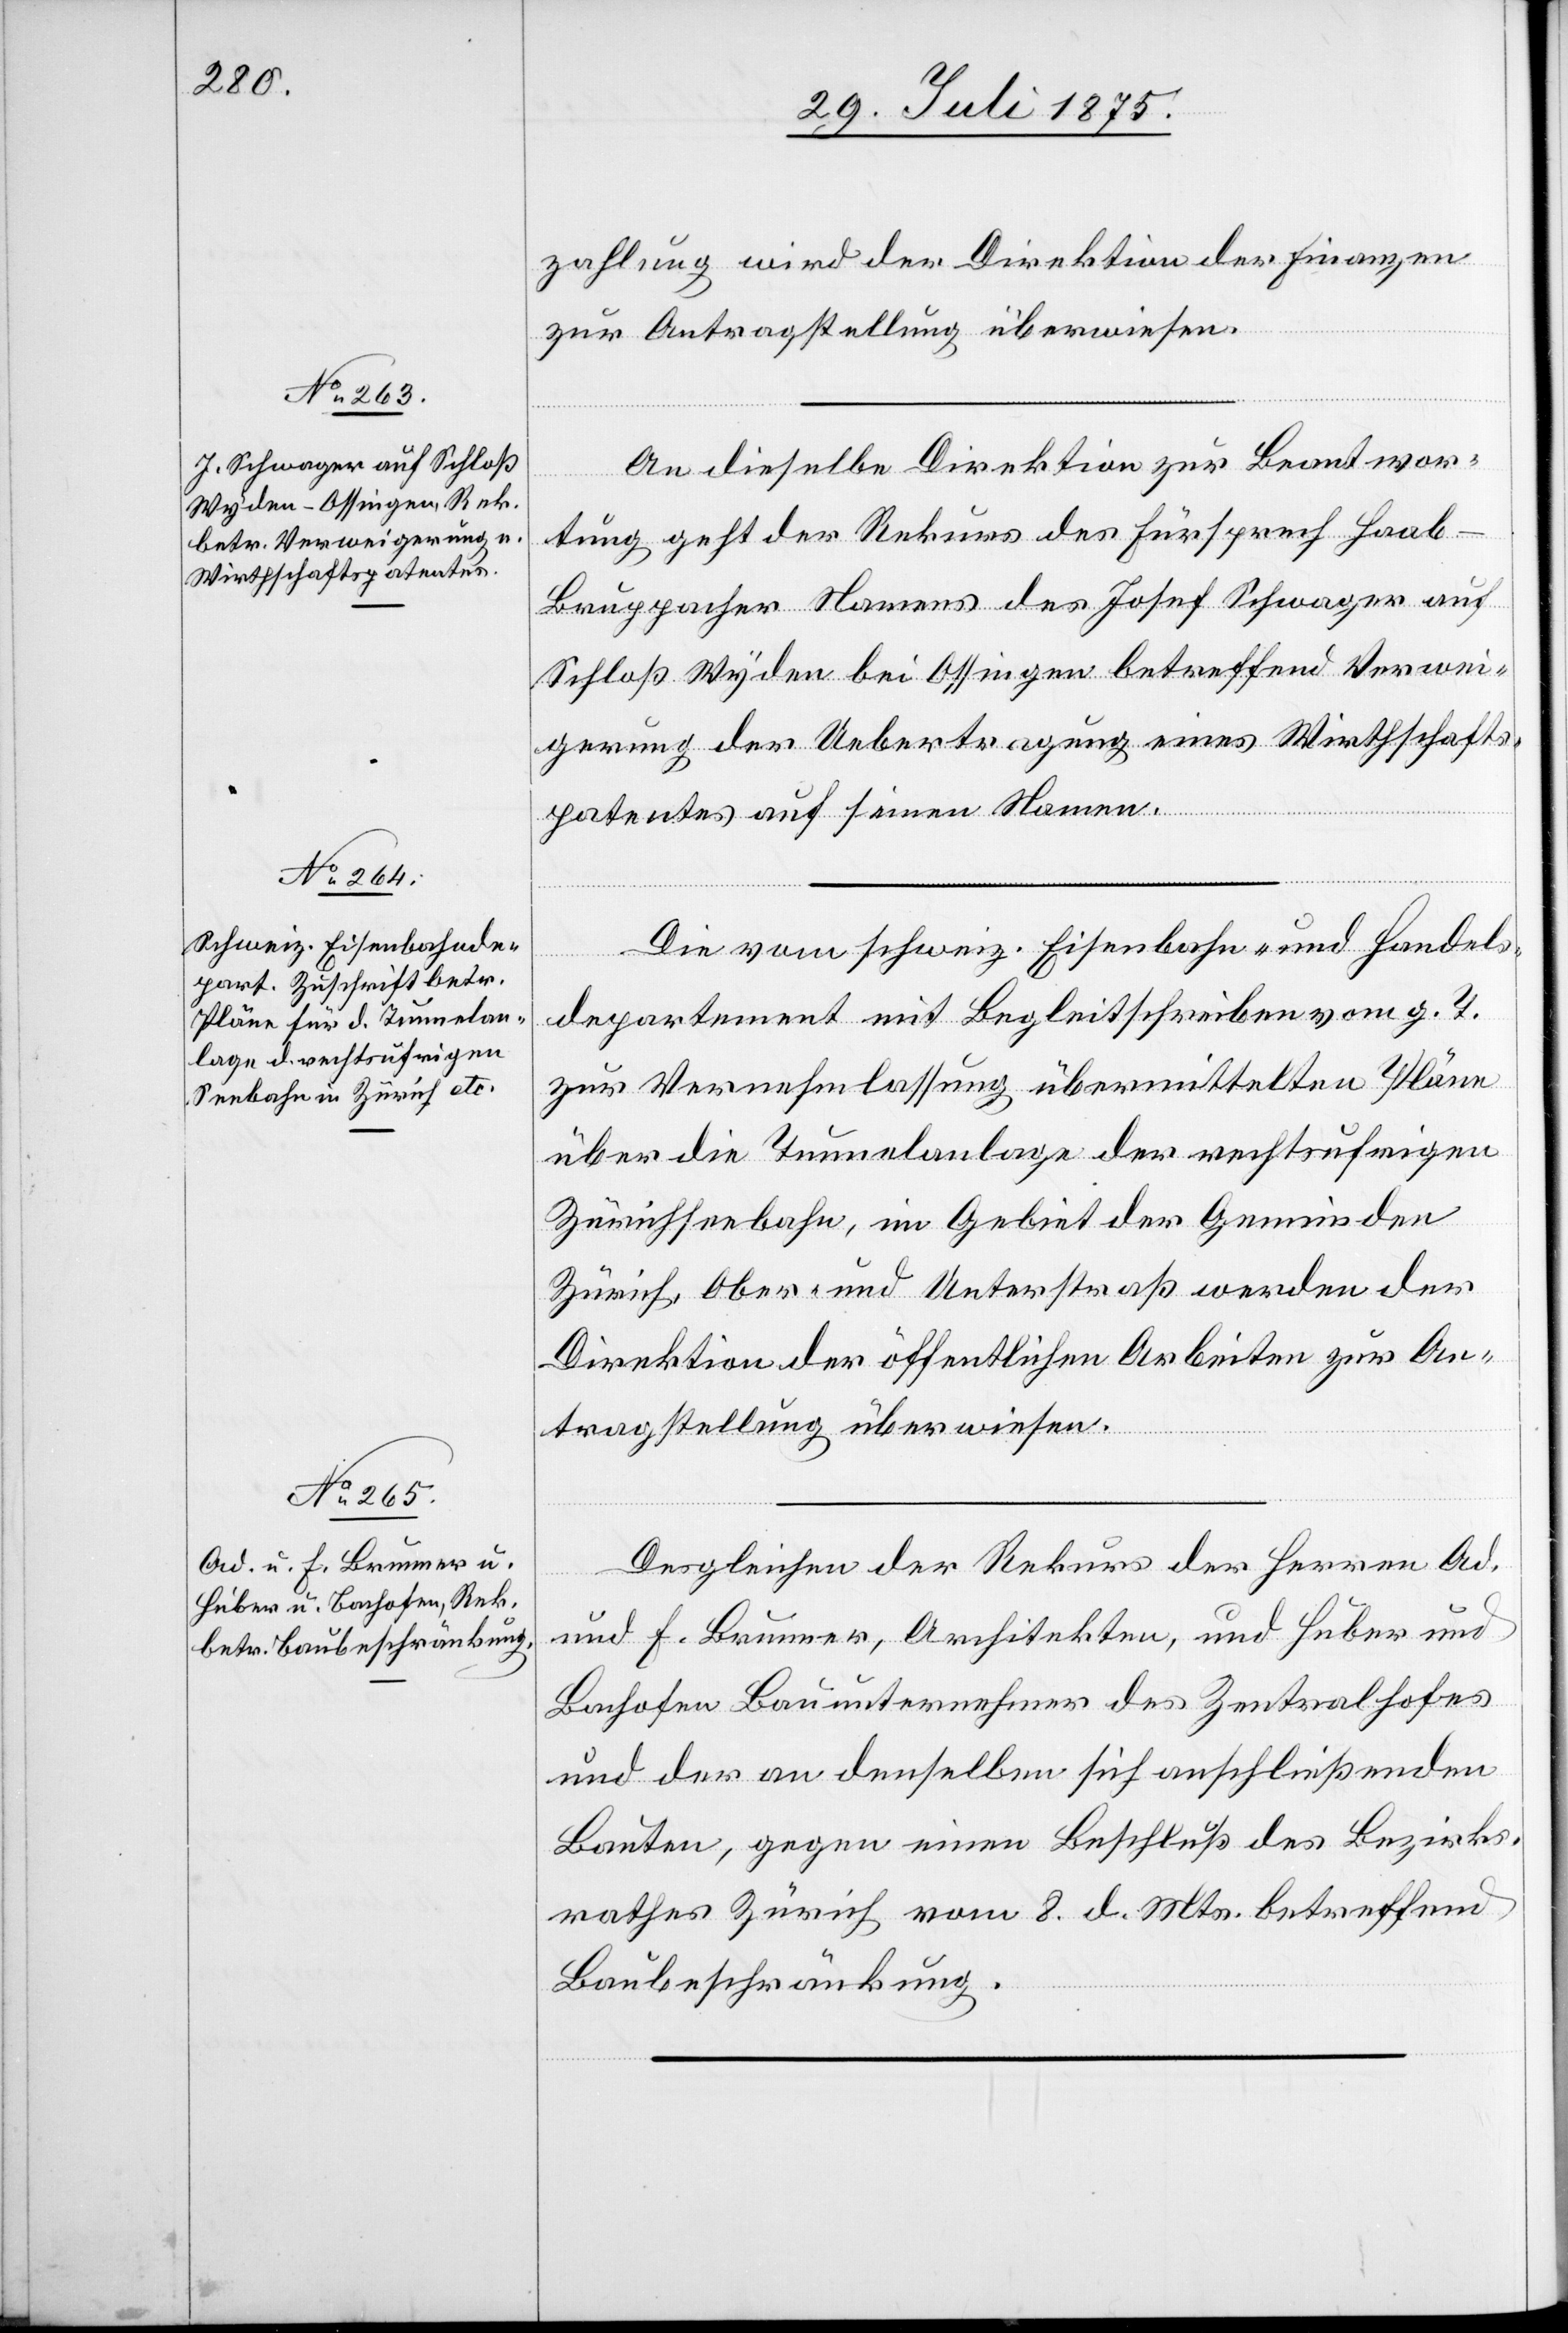
30. Juli 1875.]
zahlung wird der Direktion der Finanzen
zur Antragstellung überwiesen.
An dieselbe Direktion zur Beantwor¬
setz¬
ung
tung geht der Rekurs des Fürsprech Haa¬
b-Bruppacher Namens des Josef Schwager auf
Schloß Wyden bei Ossingen betreffend Verwei¬
gerung der Uebertragung eines Wirthschafts¬
patentes auf seinen Namen.
Die vom schweiz. Eisenbahn- und Handels¬
departement mit Begleitschreiben vom g. T.
zur Vernehmlassung übermittelten Pläne
über die Tunnelanlage der rechtsufrigen
Zürichseebahn, im Gebiet der Gemeinden
Zürich, Ober- und Unterstraß werden der
Direktion der öffentlichen Arbeiten zur An¬
tragstellung überwiesen.
Desgleichen der Rekurs der Herren Ad.
und F. Brunner, Architekten, und Huber und
Bachofen Bauunternehmer des Zentralhofes
und der an denselben sich anschließenden
Bauten, gegen einen Beschluß des Bezirks¬
rathes Zürich vom 8. d. Mts. betreffen
Baubeschränkung.